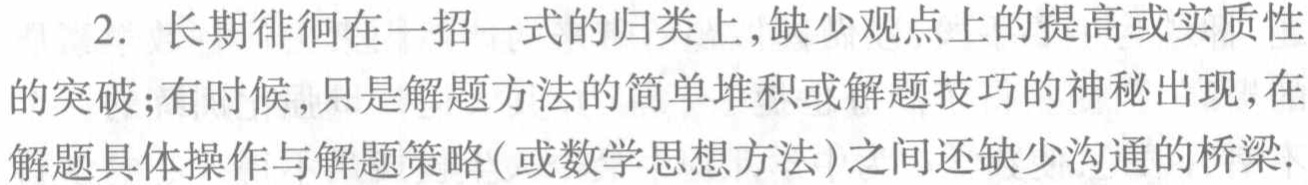
2. 长期徘徊在一招一式的归类上,缺少观点上的提高或实质性

的突破;有时候,只是解题方法的简单堆积或解题技巧的神秘出现,在

解题具体操作与解题策略(或数学思想方法)之间还缺少沟通的桥梁.